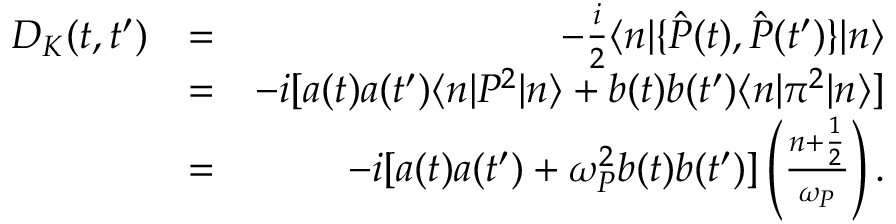
\begin{array} { r l r } { D _ { K } ( t , t ^ { \prime } ) } & { = } & { - \frac { i } { 2 } \langle n | \{ \hat { P } ( t ) , \hat { P } ( t ^ { \prime } ) \} | n \rangle } \\ & { = } & { - i [ a ( t ) a ( t ^ { \prime } ) \langle n \vert P ^ { 2 } \vert n \rangle + b ( t ) b ( t ^ { \prime } ) \langle n \vert \pi ^ { 2 } \vert n \rangle ] } \\ & { = } & { - i [ a ( t ) a ( t ^ { \prime } ) + \omega _ { P } ^ { 2 } b ( t ) b ( t ^ { \prime } ) ] \left( \frac { n + \frac { 1 } { 2 } } { \omega _ { P } } \right) . } \end{array}